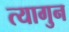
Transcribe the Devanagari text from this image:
त्यागुन